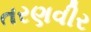
તરણવીર